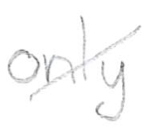
Text: only
Cross-out: diagonal
Writing tool: pencil